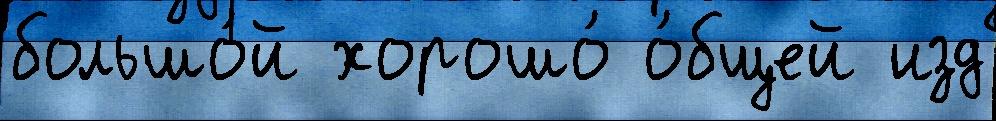
большо́й хорошо́ о́бщей изд